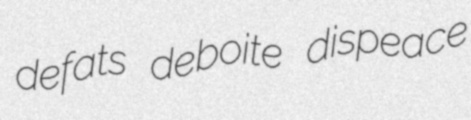
defats deboite dispeace